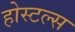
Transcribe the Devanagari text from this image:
होस्टल्स